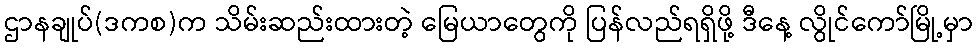
ဌာနချုပ်(ဒကစ)က သိမ်းဆည်းထားတဲ့ မြေယာတွေကို ပြန်လည်ရရှိဖို့ ဒီနေ့ လွိုင်ကော်မြို့မှာ